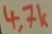
Text: 4,7k